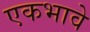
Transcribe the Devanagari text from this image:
एकभावे